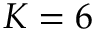
K = 6